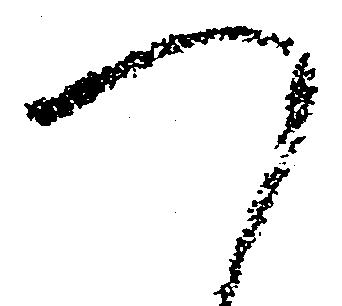
つ